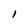
Character: l